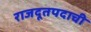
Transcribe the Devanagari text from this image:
राजदूतपदाची